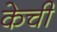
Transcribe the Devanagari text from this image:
केची